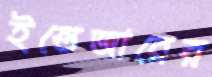
ইন্তেজারের